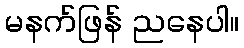
မနက်ဖြန် ညနေပါ။